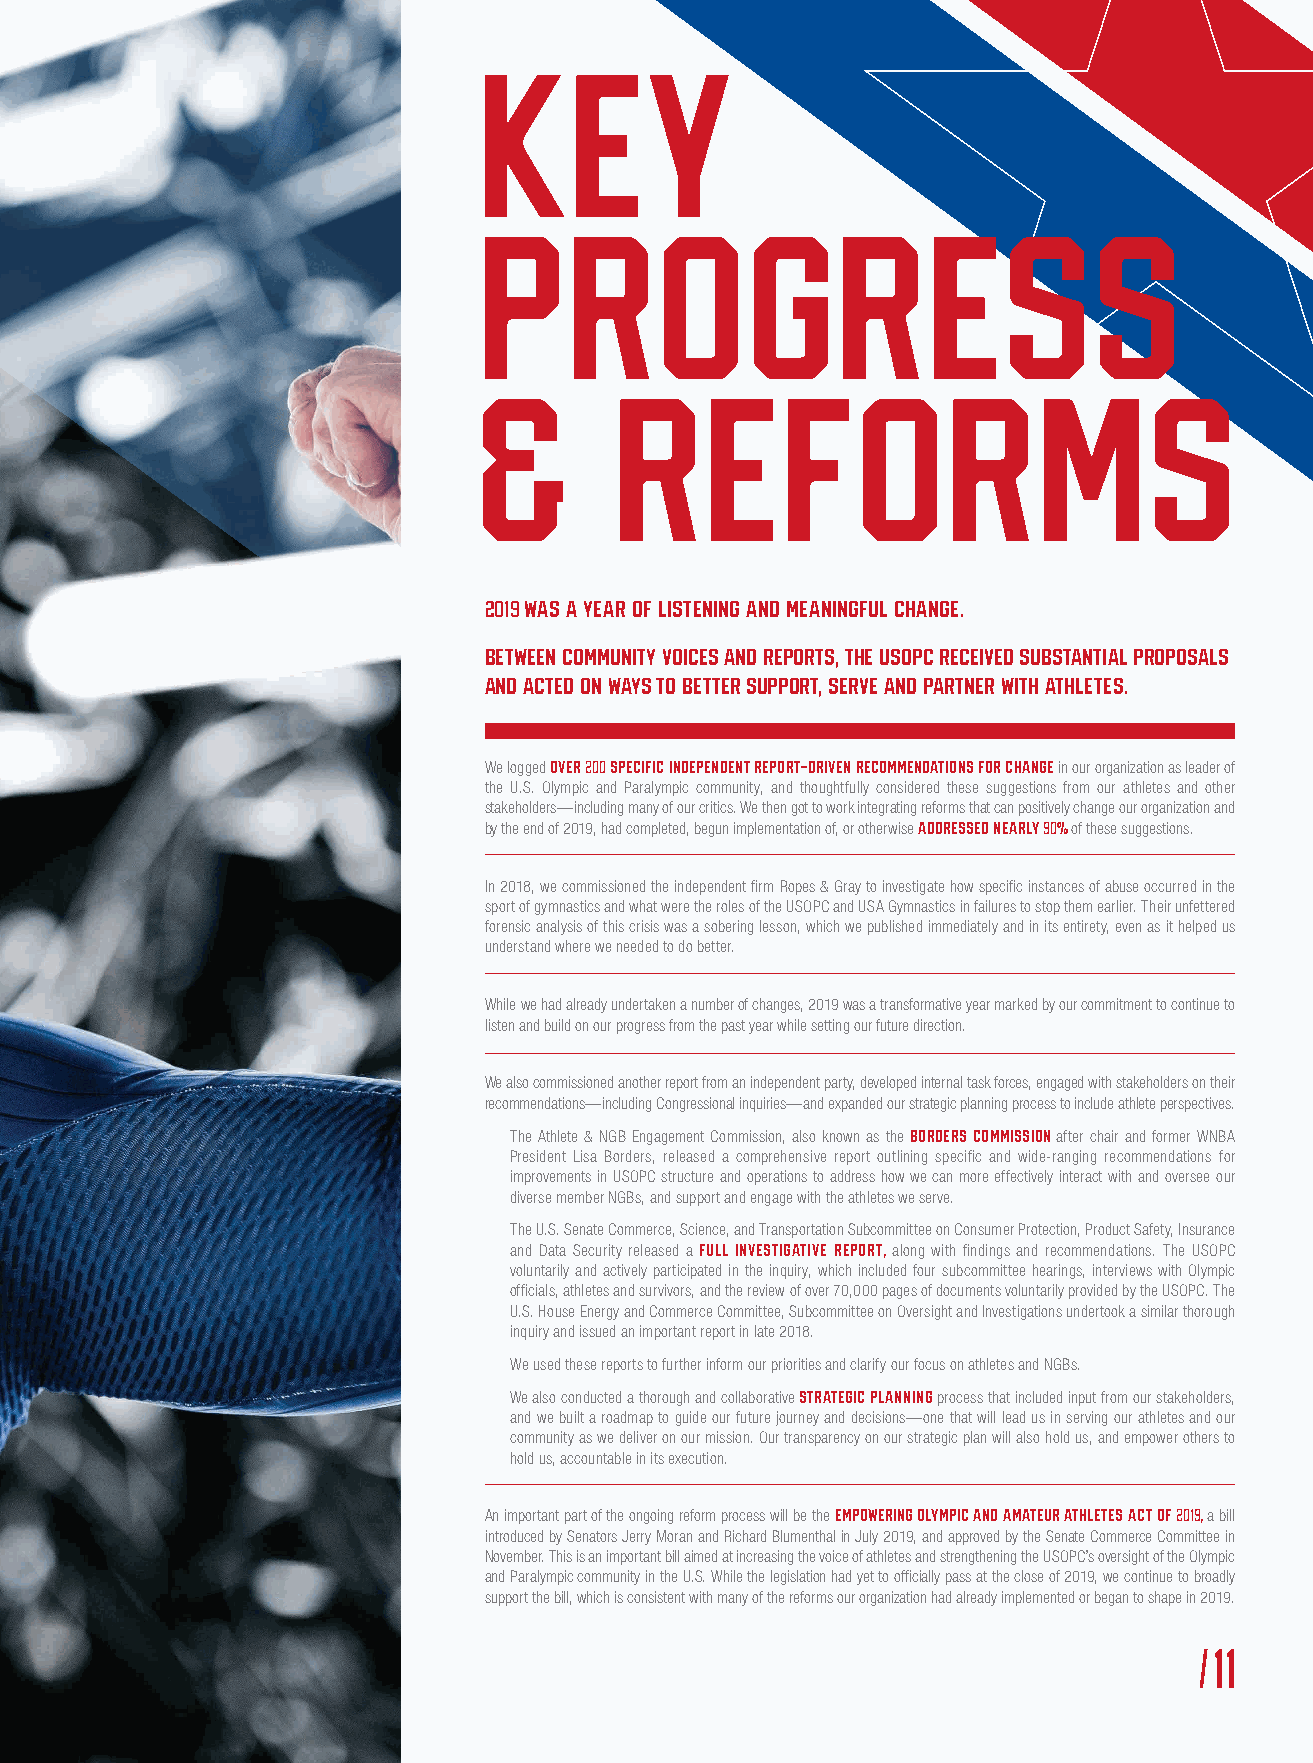
KEY
 PROGRESS
 &        REFORMS
 2019 WAS A YEAR OF LISTENING AND MEANINGFUL CHANGE.
 BETWEEN COMMUNITY VOICES AND REPORTS, THE USOPC RECEIVED SUBSTANTIAL PROPOSALS
 AND ACTED ON WAYS TO BETTER SUPPORT, SERVE AND PARTNER WITH ATHLETES.
 We logged over 200 specific independent report-driven recommendations for change in our organization as leader of
 the U.S. Olympic and Paralympic community, and thoughtfully considered these suggestions from our athletes and other
 stakeholders—including many of our critics. We then got to work integrating reforms that can positively change our organization and
 by the end of 2019, had completed, begun implementation of, or otherwise addressed nearly 90% of these suggestions.
 In 2018, we commissioned the independent firm Ropes & Gray to investigate how specific instances of abuse occurred in the
 sport of gymnastics and what were the roles of the USOPC and USA Gymnastics in failures to stop them earlier. Their unfettered
 forensic analysis of this crisis was a sobering lesson, which we published immediately and in its entirety, even as it helped us
 understand where we needed to do better.
 While we had already undertaken a number of changes, 2019 was a transformative year marked by our commitment to continue to
 listen and build on our progress from the past year while setting our future direction.
 We also commissioned another report from an independent party, developed internal task forces, engaged with stakeholders on their
 recommendations—including Congressional inquiries—and expanded our strategic planning process to include athlete perspectives.
 The Athlete & NGB Engagement Commission, also known as the Borders Commission after chair and former WNBA
 President Lisa Borders, released a comprehensive report outlining specific and wide-ranging recommendations for
 improvements in USOPC structure and operations to address how we can more effectively interact with and oversee our
 diverse member NGBs, and support and engage with the athletes we serve.
 The U.S. Senate Commerce, Science, and Transportation Subcommittee on Consumer Protection, Product Safety, Insurance
 and Data Security released a full investigative report, along with findings and recommendations. The USOPC
 voluntarily and actively participated in the inquiry, which included four subcommittee hearings, interviews with Olympic
 officials, athletes and survivors, and the review of over 70,000 pages of documents voluntarily provided by the USOPC. The
 U.S. House Energy and Commerce Committee, Subcommittee on Oversight and Investigations undertook a similar thorough
 inquiry and issued an important report in late 2018.
 We used these reports to further inform our priorities and clarify our focus on athletes and NGBs.
 We also conducted a thorough and collaborative strategic planning process that included input from our stakeholders,
 and we built a roadmap to guide our future journey and decisions—one that will lead us in serving our athletes and our
 community as we deliver on our mission. Our transparency on our strategic plan will also hold us, and empower others to
 hold us, accountable in its execution.
 An important part of the ongoing reform process will be the Empowering Olympic and Amateur Athletes Act of 2019, a bill
 introduced by Senators Jerry Moran and Richard Blumenthal in July 2019, and approved by the Senate Commerce Committee in
 November. This is an important bill aimed at increasing the voice of athletes and strengthening the USOPC’s oversight of the Olympic
 and Paralympic community in the U.S. While the legislation had yet to officially pass at the close of 2019, we continue to broadly
 support the bill, which is consistent with many of the reforms our organization had already implemented or began to shape in 2019.
 /11